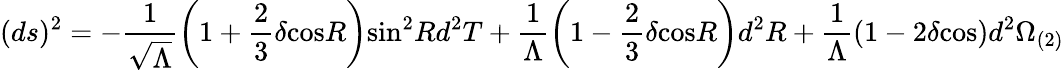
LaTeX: (ds)^{2}=-\frac{1}{\sqrt{\Lambda}}\left(1+\frac{2}{3}\delta\mathrm{cos}R\right)\mathrm{sin}^{2}Rd^{2}T+\frac{1}{\Lambda}\left(1-\frac{2}{3}\delta\mathrm{cos}R\right)d^{2}R+\frac{1}{\Lambda}\left(1-2\delta\mathrm{cos}\right)d^{2}\Omega_{(2)}